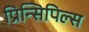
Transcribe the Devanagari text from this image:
प्रिन्सिपिल्स